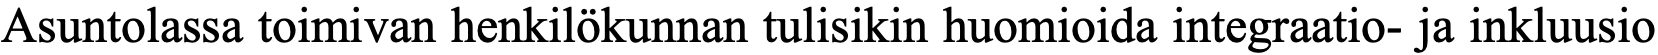
Asuntolassa toimivan henkilökunnan tulisikin huomioida integraatio- ja inkluusio